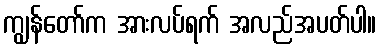
ကျွန်တော်က အားလပ်ရက် အလည်အပတ်ပါ။